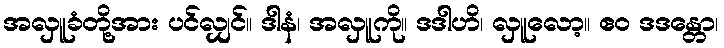
အလှူခံတို့အား ပင်လျှင်။ ဒါနံ၊ အလှူကို။ ဒဒါဟိ၊ လှူလော့။ ဧဝ ဒဒန္တော၊